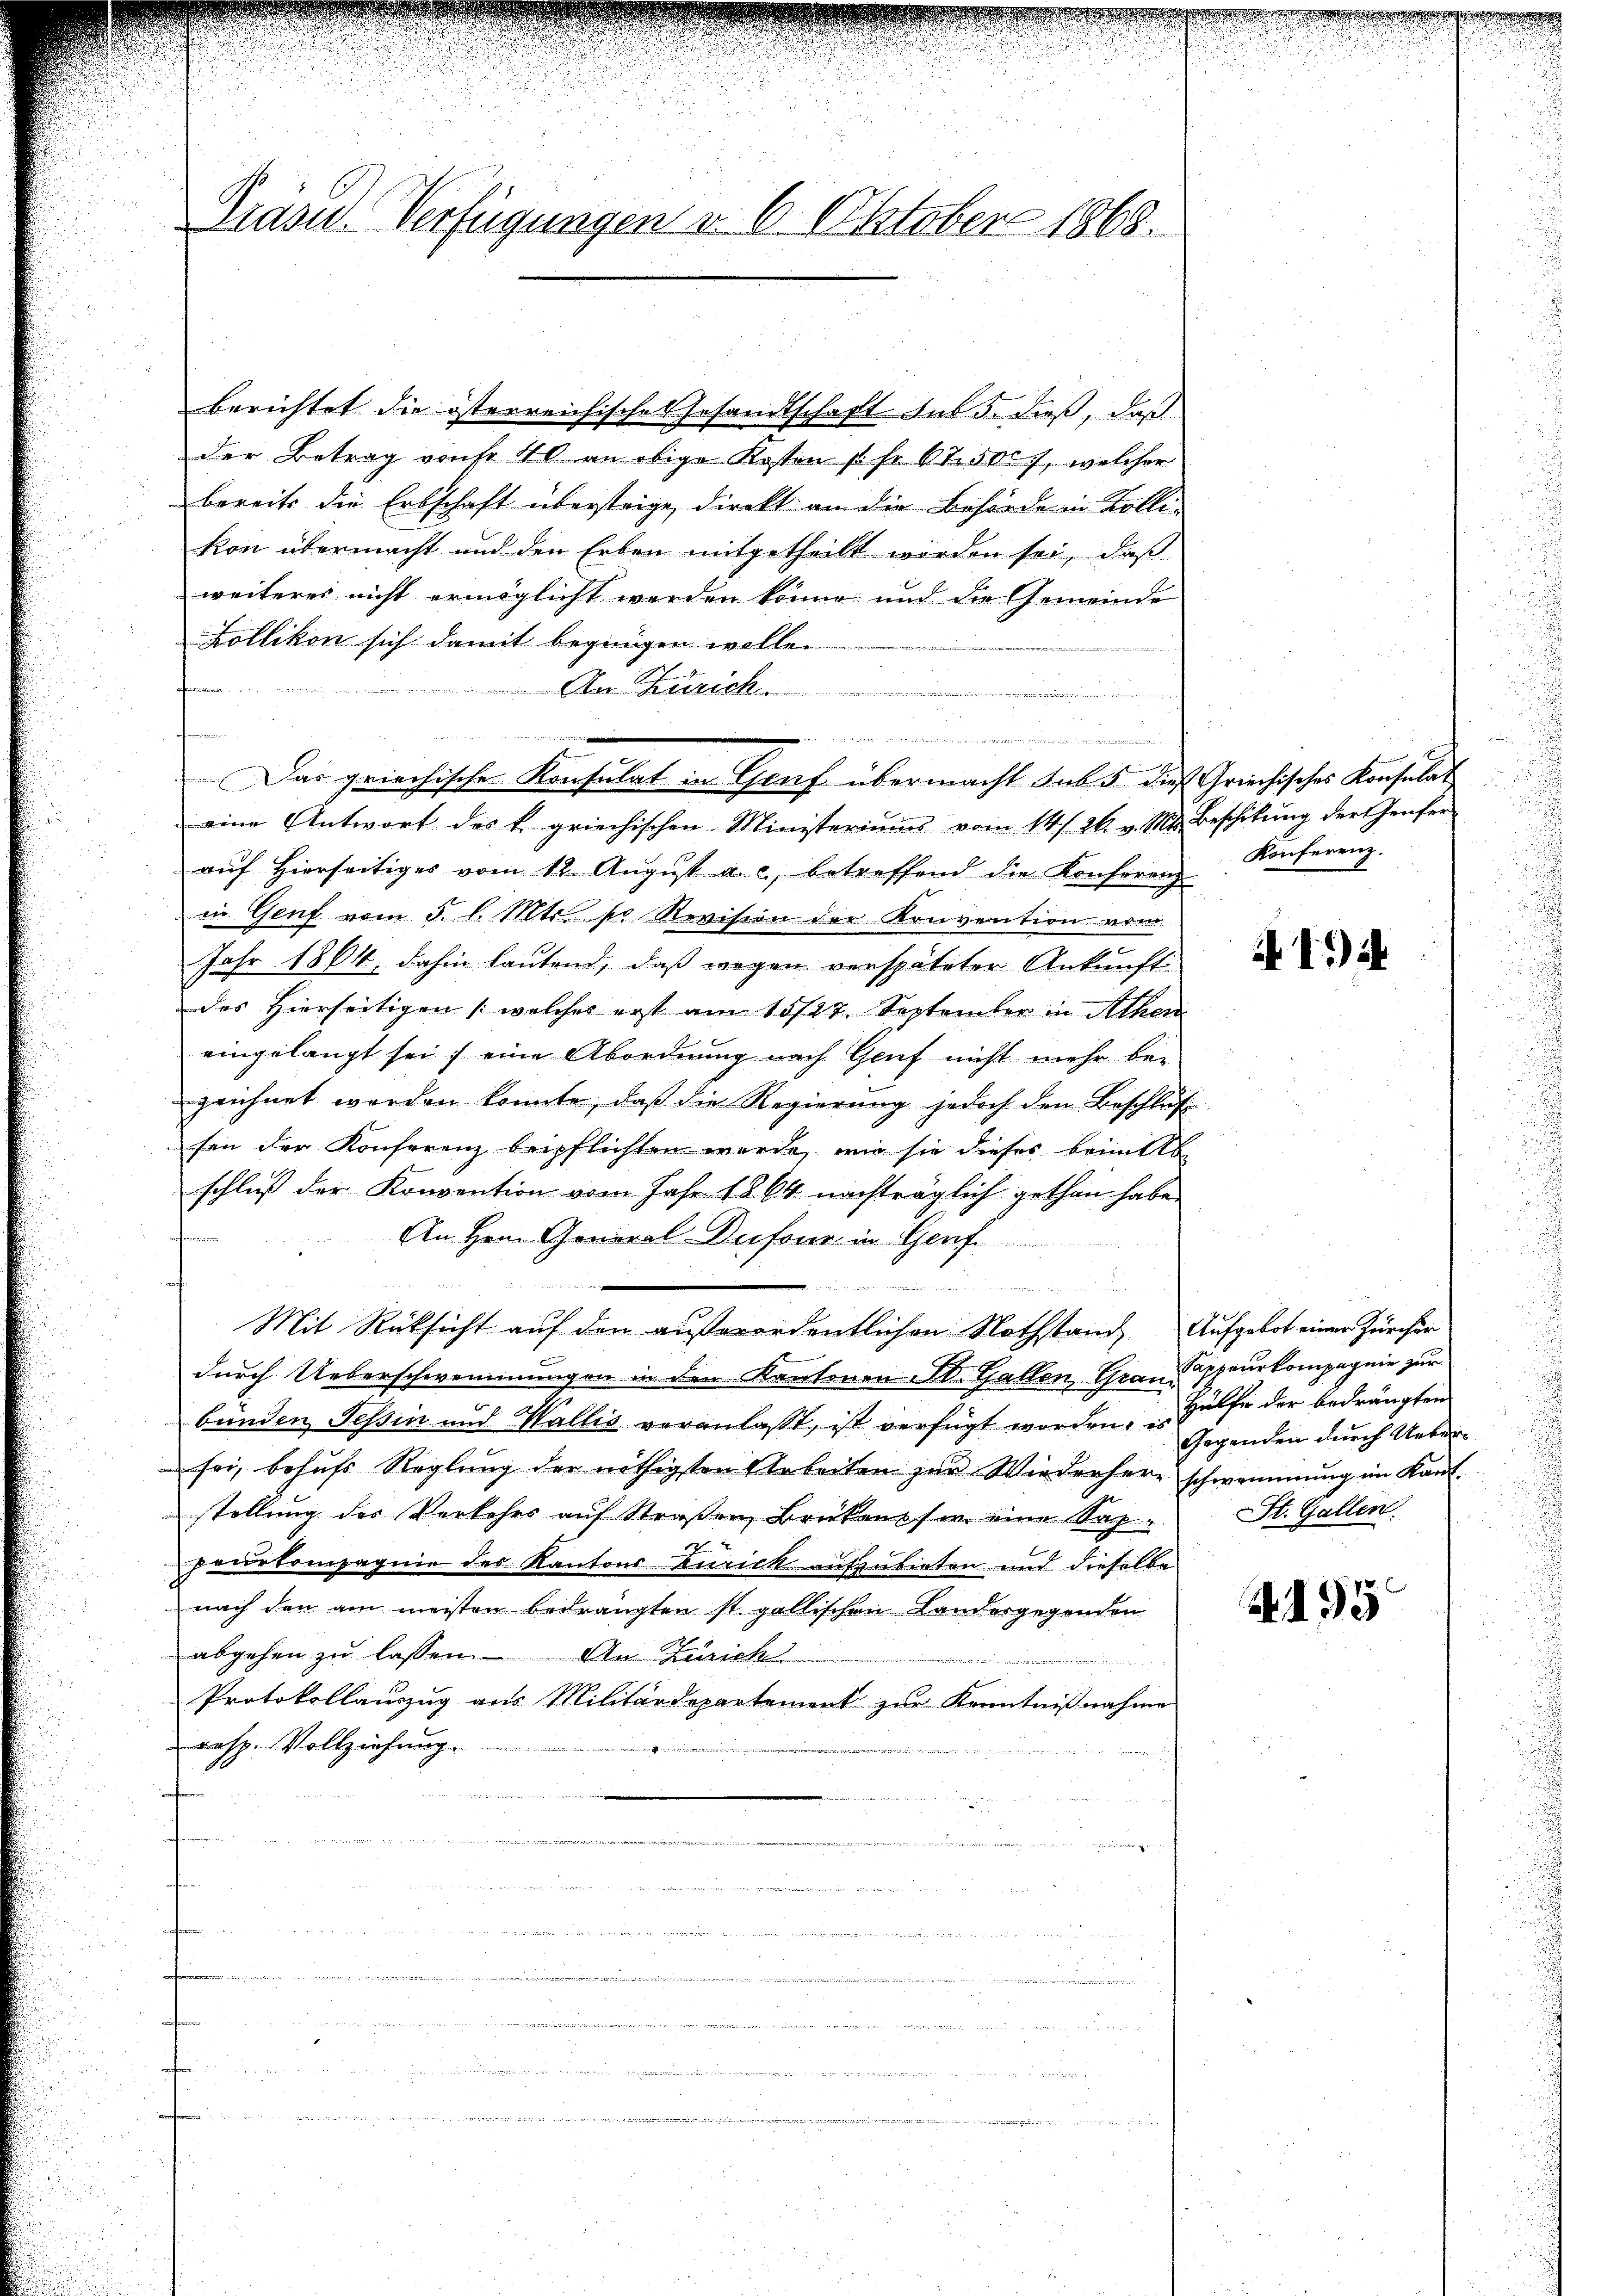
Grüse Verfügungen d. 6. Oktober 1868.

berichtet die österreichische Gesandtschaft des 5. dieß, daß
der Betrag von 40 an obige Kosten s. fr. 600f, welcher
bereits die Erbschaft übersteige, direkt an die Behörde in Kollekon übermacht und den Erben mitgetheilt worden sei, daß
weiteres nicht ermöglicht werden könne und die Gemeinde
Zollikon sich damit begnügen wolle.
An Zürich
5 der Streite
heren
eine Antwort des k. griechischen Ministeriums vom 14./26. v. Mts. Beschikŭng der Genfer
auf Hierseitiges vom 12. August a. c. betreffend die Konferenz
in Genf vom 5. d. Mts. so Revision der Konvention vom
Jahr 1864, dahin lautend, daß wegen verspäteter Ankunft
des Hierseitigen (welches erst am 15/27. September in Athen
eingelangt sei; eine Abordnung nach Genf nicht mehr be-
zeichnet werden konnte, daß die Regierung jedoch den Beschluß
sen der Konferenz beipflichten wurde, wie sie dieses beim ebe
schluß der Konvention vom Jahr 1864 nachträglich gethan habe.
An Hrn. General-Dufour in Genf.
          2
n

u
Mit Rücksicht auf den außerordentlichen Nothstand, Aufgebot einer Zürcher
durch Ueberschwemmungen in den Kantonen A. Gallen, Grau Cappeurkompagnie zur
bünden Tessin und Wallis veranlaßt, ist verfügt worden. Hülfe der bedrängten
sei, behufs Reglung der nöthigsten Arbeiten zur Wiederher schwemmung im Kant
stellung des Verkehrs auf Straßen, Brükens s w. eine Sappaurkompagnie der Kantons Zurick aufzubieten und dieselbe
nach den am meisten bedrängten st. gallischen Landergegenden
abgehen zu lassen. An Zürich
Protokollauszug aus Militärdepartement zur Kenntnißnahme
rasp. Vollziehung.

. . . . . . .
Das griechische Konsulat in Genf übermacht sub 5 dies Griechisches Konsulat

Konferenz.

1)

Gegenden durch Ueber¬
St. Gallen.

.193